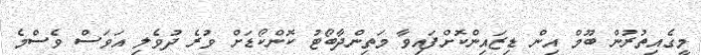
މީގެއިތުރުން ބޫމް އިން ޑިޒައިންކޮށްފައިވާ މަތިންދާބޯޓު ކޮންކޯޑަށް ވުރެ ދުވެލި އަވަސް ވެސްމެ